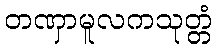
တဏှာမူလကသုတ္တံ